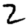
Digit: 2